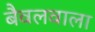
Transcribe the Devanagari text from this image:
बैवलवाला